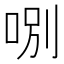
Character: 哵